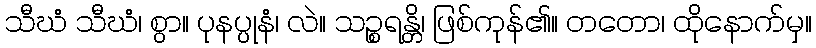
သီဃံ သီဃံ၊ စွာ။ ပုနပ္ပုနံ၊ လဲ။ သဉ္စရန္တိ၊ ဖြစ်ကုန်၏။ တတော၊ ထိုနောက်မှ။